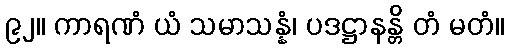
၉၂။ ကာရဏံ ယံ သမာသန္နံ၊ ပဒဋ္ဌာနန္တိ တံ မတံ။